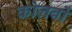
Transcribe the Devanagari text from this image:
कोलबों